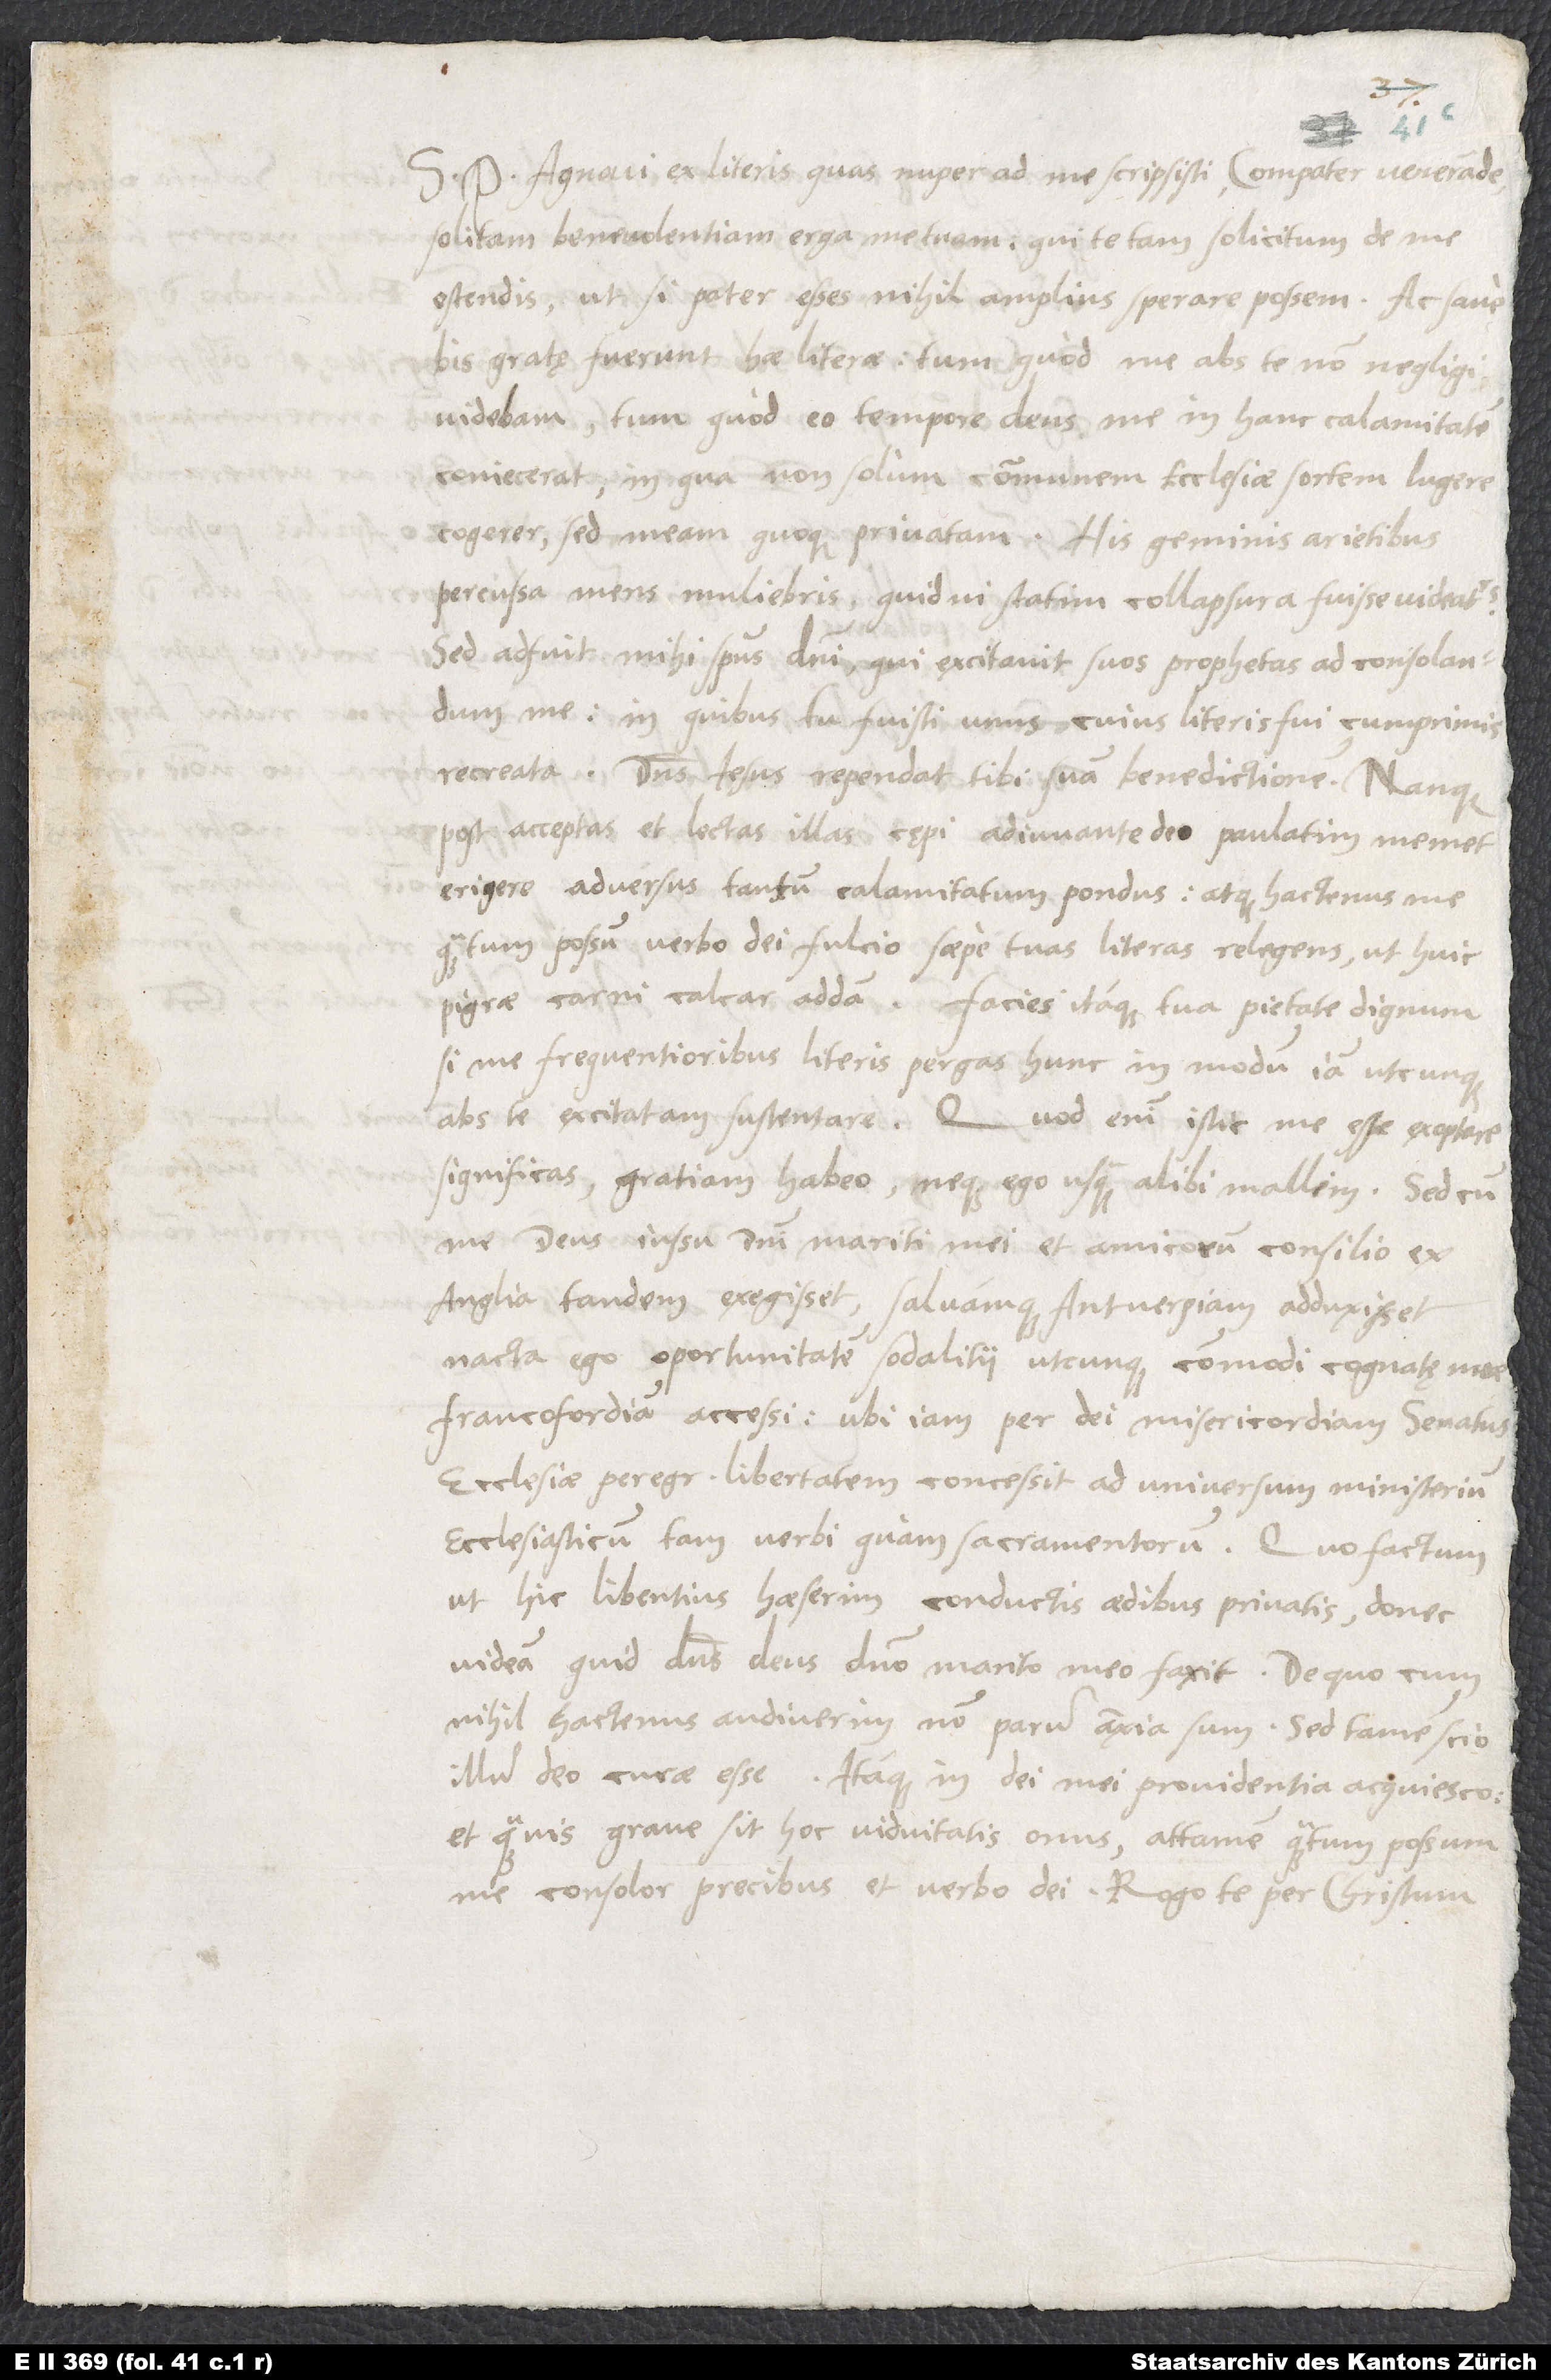
S. P. Agnovi ex literis quas nuper ad me scripsisti, compater venerande,
Francofordiam accessi, ubi iam per dei misericordiam senatus
ecclesiae peregrinae libertatem concessit ad universum ministerium
ecclesiasticum tam verbi quam sacramentorum. Quo factum
ut hic libentius haeserim conductis aedibus privatis, donec
videam quid dominus deus domino marito meo faxit. De quo cum
nihil hactenus audiverim, non parum anxia sum. Sed tamen scio
illum deo curae esse. Itaque in dei mei providentia acquiesco:
et quamvis grave sit hoc viduitatis onus, attamen quantum possum